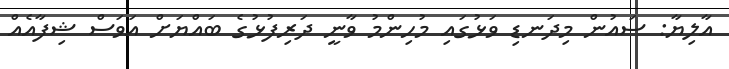
އާލިޔާ: ސައުން މިދަނޑި ވަޅުގައި މުހިންމު ވާނީ ދަރިފުޅުގެ ބައްޔަށް އަވަސް ޝިފާއެއް